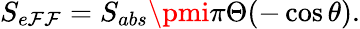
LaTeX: S_{e\mathcal{F}\mathcal{F}}=S_{abs}\pmi\pi\Theta(-\cos\theta).